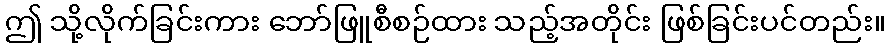
ဤ သို့လိုက်ခြင်းကား ဘော်ဖြူစီစဉ်ထား သည့်အတိုင်း ဖြစ်ခြင်းပင်တည်း။